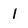
Character: l